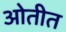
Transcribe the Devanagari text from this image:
ओतीत